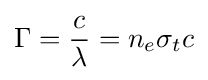
\Gamma ={\frac {c}{\lambda }}=n_{e}\sigma _{t}c